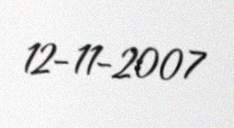
12-11-2007